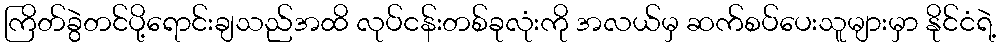
ကြိတ်ခွဲတင်ပို့ရောင်းချသည်အထိ လုပ်ငန်းတစ်ခုလုံးကို အလယ်မှ ဆက်စပ်ပေးသူများမှာ နိုင်ငံရဲ့